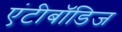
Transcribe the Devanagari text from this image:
एंटीबॉडिज